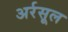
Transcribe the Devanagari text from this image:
अर्रसूल